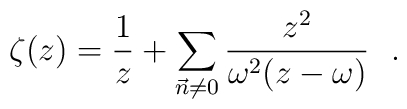
\zeta (z) = \frac{1}{z} + \sum_{\vec{n} \neq 0} \frac{z^{2}}{\omega^{2}(z-\omega)}~~.